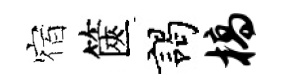
宿篋謁槁